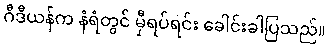
ဂီဒီယန်က နံရံတွင် မှီရပ်ရင်း ခေါင်းခါပြသည်။